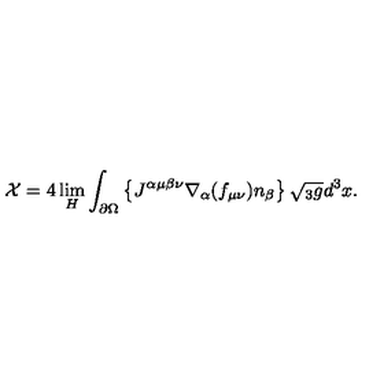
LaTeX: { \cal X } = 4 \lim _ { H } \int _ { \partial \Omega } \left\{ J ^ { \alpha \mu \beta \nu } \nabla _ { \alpha } ( f _ { \mu \nu } ) n _ { \beta } \right\} \sqrt { { } _ { 3 } g } d ^ { 3 } x .